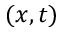
( x , t )